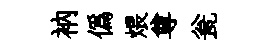
衲偽煨尊瓮